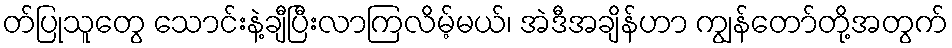
တ်ပြုသူတွေ သောင်းနဲ့ချီပြီးလာကြလိမ့်မယ်၊ အဲဒီအချိန်ဟာ ကျွန်တော်တို့အတွက်